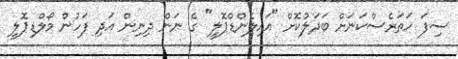
ސިފަ ހަތަރެސްކަނަށް ބަދަލުކޮށް "އައިލެންޑްޕޮލީ" ގެ ނަން ދިނިން އަދި ފަހުން މޯލްޑިޕޮލީ